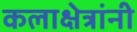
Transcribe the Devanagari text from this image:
कलाक्षेत्रांनी